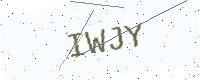
Text: IWJY